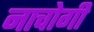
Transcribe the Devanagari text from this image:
नाचोगी